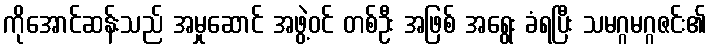
ကိုအောင်ဆန်းသည် အမှုဆောင် အဖွဲ့ဝင် တစ်ဦး အဖြစ် အရွေး ခံရပြီး သမဂ္ဂမဂ္ဂဇင်း၏